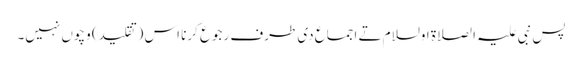
پس نبی علیہ الصلاة اولسلام تے اجماع د‏‏ی طرف رجوع کرنا اس (تقلید) وچو‏ں نہیں۔